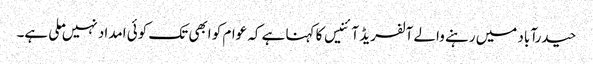
حیدرآباد میں رہنے والے آلفریڈ آئنیس کا کہنا ہے کہ عوام کو ابھی تک کوئی امداد نہیں ملی ہے۔